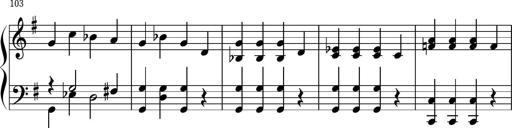
Title: Keyboard Sonatina in G
Composer: Michael Pogudin
Key: G major